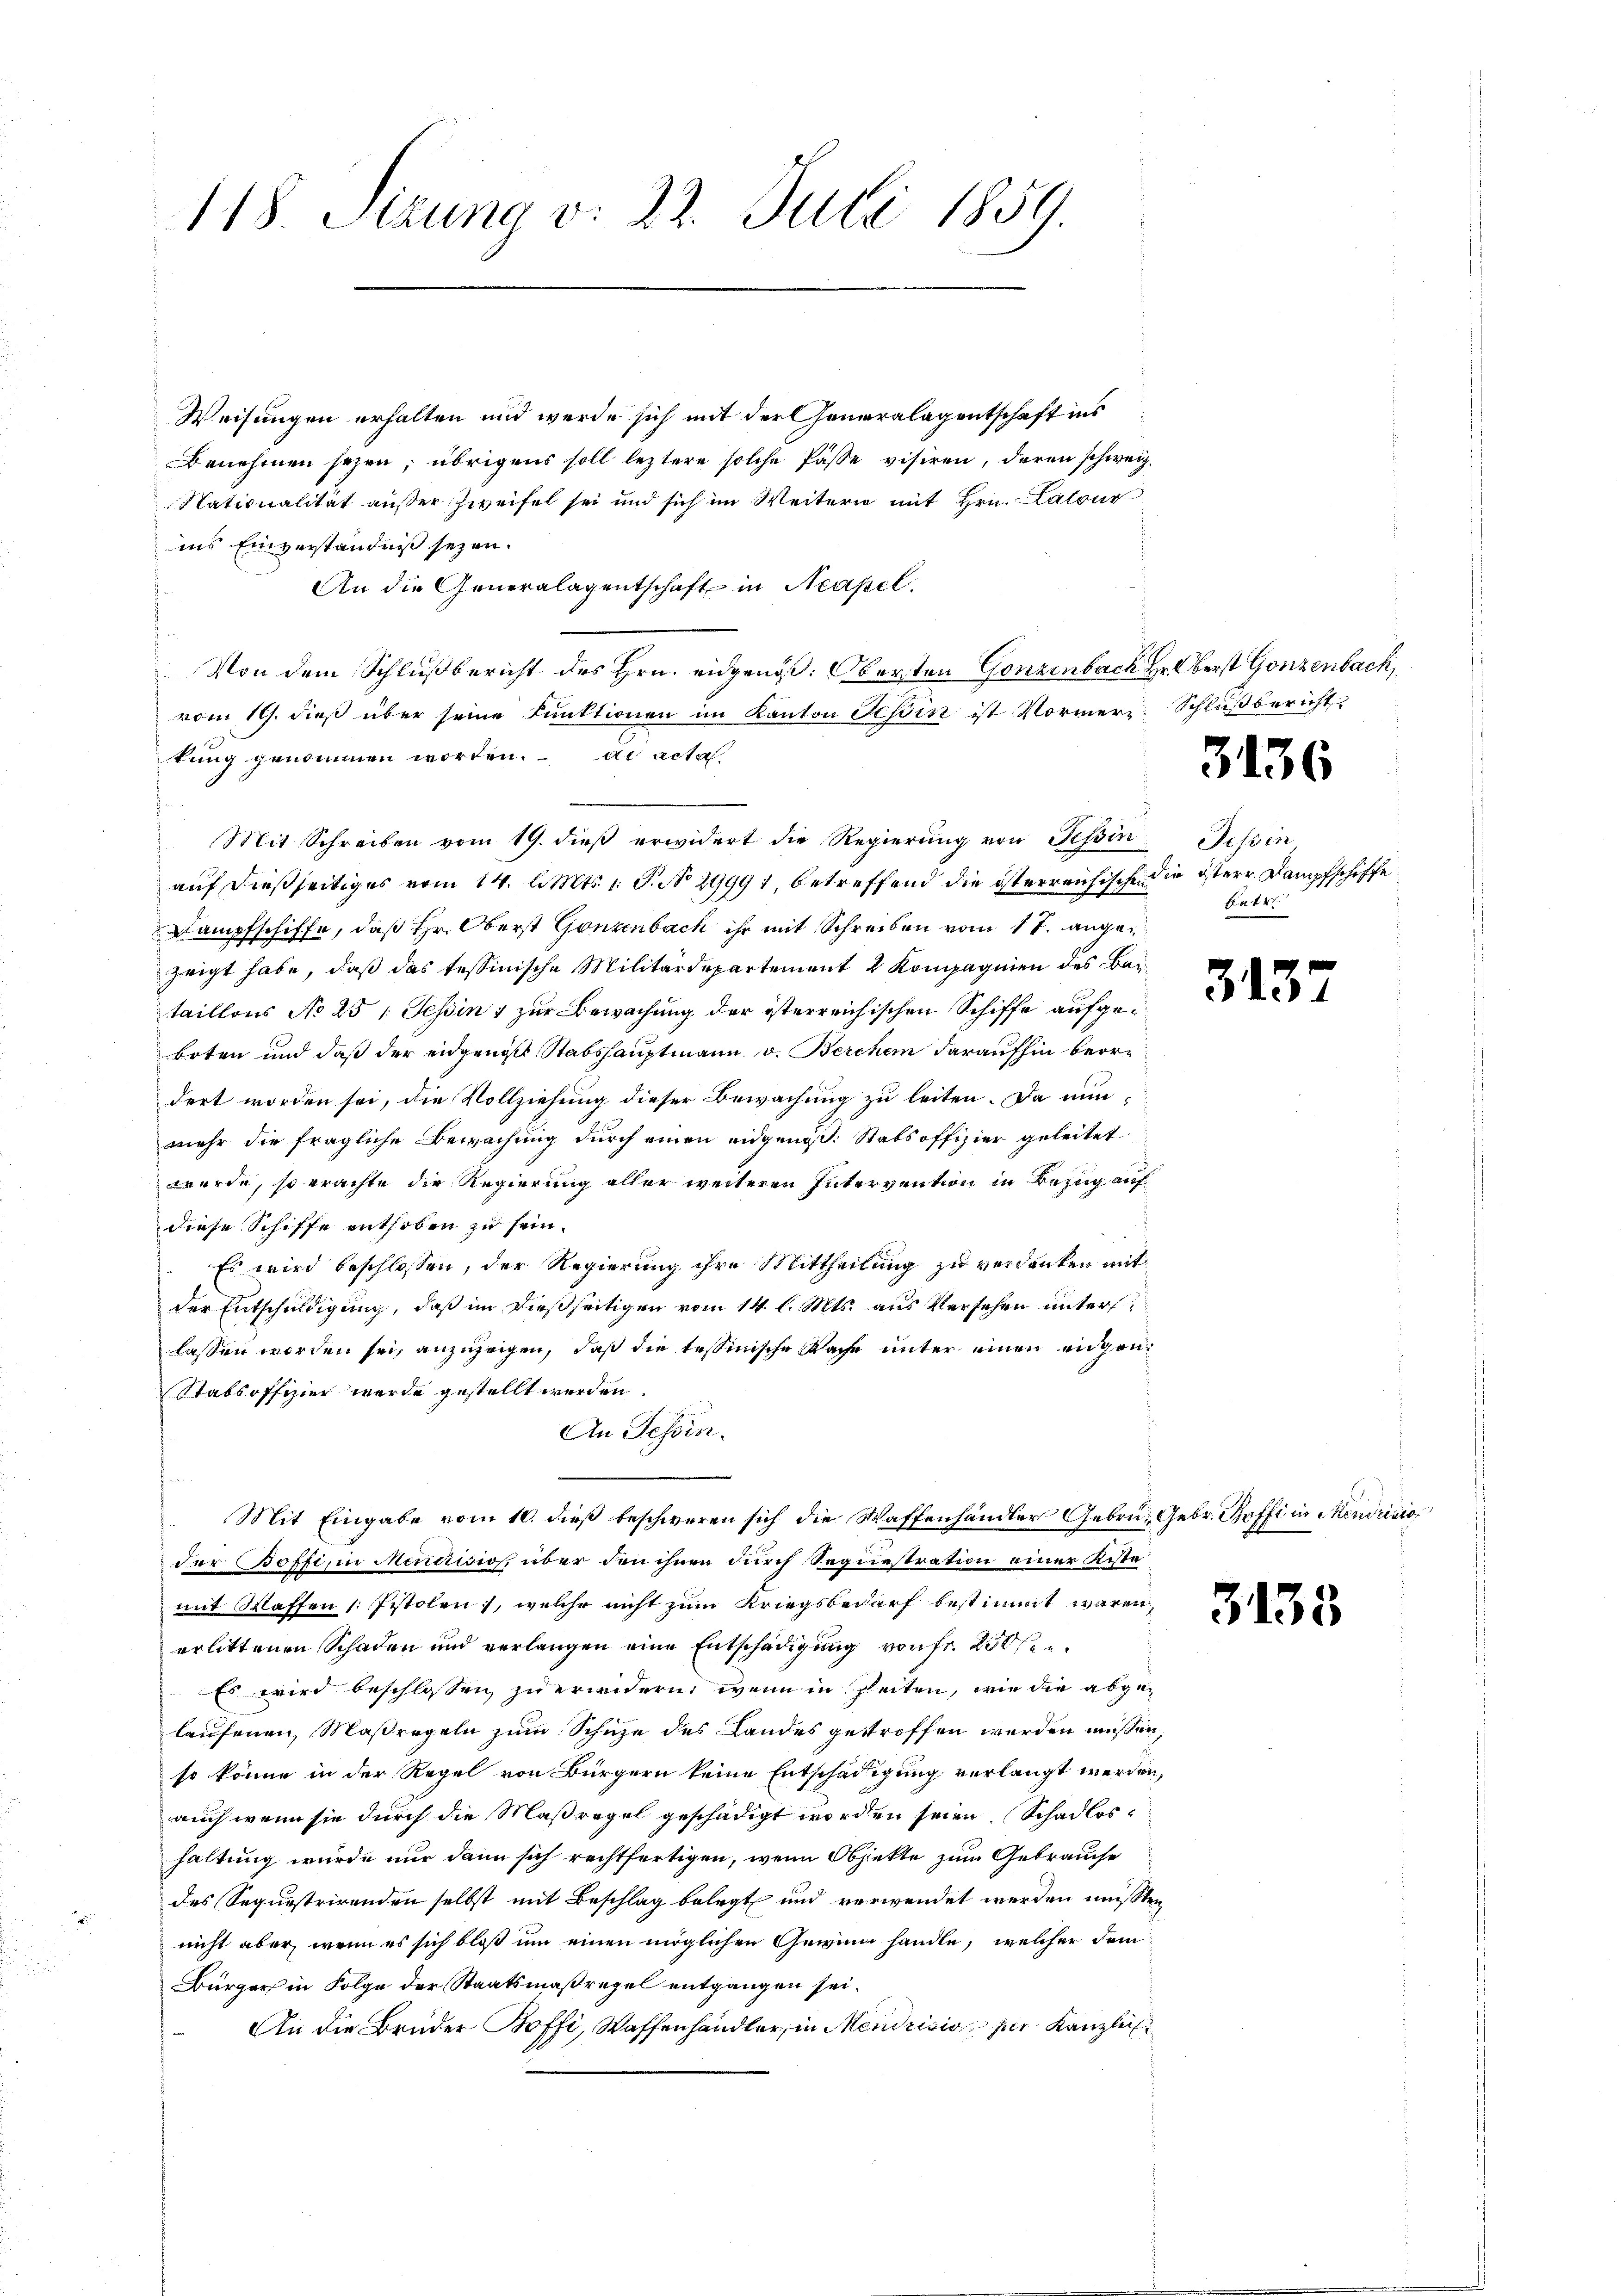
118. Sizung v. 22. Juli 1859.

Weisungen erhalten und werde sich mit der Generalagentschaft ins
Benehmen seyen, übrigens soll leztere solche Pässe visiren, deren schweiz.
Nationalität außer Zweifel sei und sich im Weitern mit Hrn. Latour
ins Einverständniß seyen.
An die Generalagentschaft in Neapel.
Von dem Schlußbericht des Hrn. eidgenöß. Obersten Gonzenbach Hr. Oberst Gonzenbach,
vom 19. dieß über seine Funktionen im Kanton Tessin ist Vormer. Schlußbericht
kung genommen worden. ad acta
Mit Schreiben vom 19. dieβ erwidert die Regierŭng von Tessin Tessin
auf dießseitiges vom 14. l. Mts. 1. P. No 29991, betreffend die österreichischen die österr. Dampfschiffe
Dampfschiffe, daß Hr. Oberst Gonzenbach ihr mit Schreiben vom 17. angezeigt habe, daß das tessinische Militärdepartement 2 Kompagnien des Baitaillons No 25 : Tessin & zur Bewachung der österreichischen Schiffe aufgeboten und daß der eidgenos Stabshauptmann v. Berchen daraufhin beordert worden sei, die Vollziehung dieser Bewachung zu leiten. Da nun
mehr die fragliche Bewachung durch einen eidgenöß: Stabsoffizier geleitet
werde, so erachte die Regierung aller weiteren Intervention in Bezug auf
diese Schiffe enthoben zu sein.
Es wird beschlossen, der Regierung ihre Mittheilung zu verdanken mit
der Entschuldigung, daß im dießseitigen vom 14. l. Mts. aus Versehen unters
lassen worden sei, anzuzeigen, daß die tessinische Rache unter einen engen¬
Stabsoffizier werde gestellt werden.
An Schin
Mit Eingabe vom 10. dieβ beschweren sich die Waffenhändler Gebrü- Gebr. Boffi in Mendrisio
der Boffiin Meniicios über den ihnen durch Sequestration einer Kiste
mit Staffen /: Pistolen, welche nicht zum Kriegsbedarf bestimmt wären,
erlittenen Schaden und verlangen eine Entschädigung von Fr. 200 f
 Es wird beschlossen zu erindern, wenn in Zeiten, wie die abgelaufenen Maßregeln zum Schuze des Landes gestroffen werden müssen,
so könne in der Regel von Bürgern keine Entschädigung verlangt werden,
auch wenn sie durch die Maßregel geschädigt worden seien, Schadloshaltung wurde nur dann sich rechtfertigen, wenn Objekte zum Gebrauche
des Sequestrirenden selbst mit Beschlag belegt und verwendet werden müßten
nicht aber, wenn es sich bloß um einen möglichen Gewinn handle, welcher dem¬
Bürger in Folge der Staatsmaßregel entgangen sei.
An die Brüder Boffi, Waffenhändler, in Mendrisis der Kanzlei

3136

B 44

35

3138